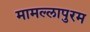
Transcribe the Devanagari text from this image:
मामल्‍लापुरम